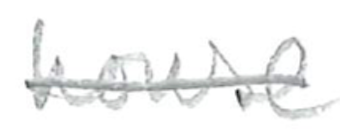
Text: house
Cross-out: single-line
Writing tool: pencil